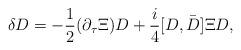
LaTeX: \begin{align*}{\delta}D=-{1\over2}(\partial_{\tau}\Xi)D+{i\over4}[D,\bar{\mbox{\raisebox{0ex}[1.75ex][0ex]{$D$}}}]{\Xi}D,\end{align*}